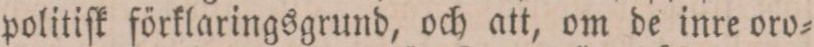
politiſk förklaringsgrund, och att, om de inre oro=